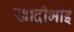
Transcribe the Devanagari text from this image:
खादीभोई